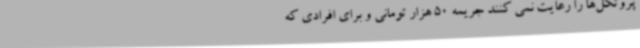
پروتکل‌ها را رعایت نمی کنند جریمه 50 هزار تومانی و برای افرادی که